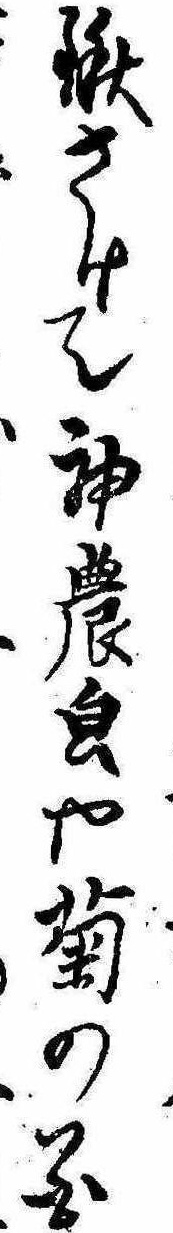
鍬さけて神農や菊の花